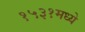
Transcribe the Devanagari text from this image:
१५३१मध्ये